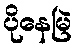
ပိုနေမြဲ